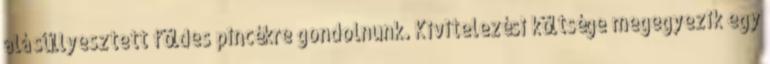
alá süllyesztett földes pincékre gondolnunk. Kivitelezési költsége megegyezik egy